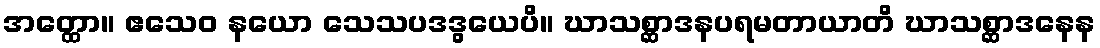
အတ္ထော။ ဧသေဝ နယော သေသပဒဒွယေပိ။ ဃာသစ္ဆာဒနပရမတာယာတိ ဃာသစ္ဆာဒနေန